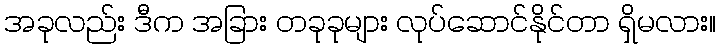
အခုလည်း ဒီက အခြား တခုခုများ လုပ်ဆောင်နိုင်တာ ရှိမလား။